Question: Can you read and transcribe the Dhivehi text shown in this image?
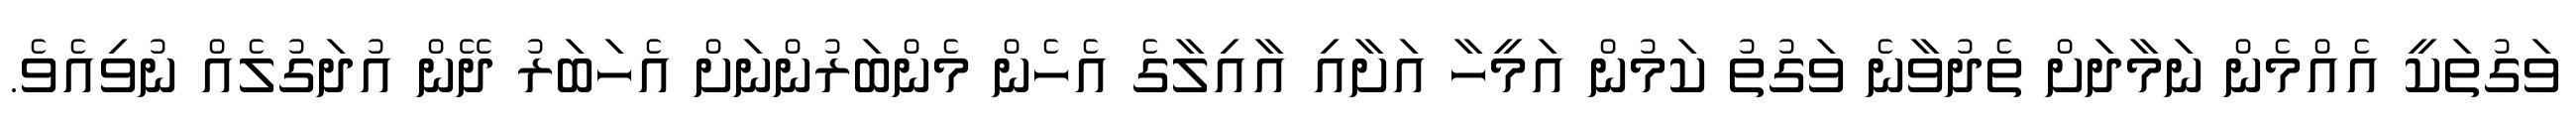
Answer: ވަގުތަކީ އެއްމެން ނަމާދަށް ތެދުވާނެ ވަގުތު ކަމުން އަމީހާ އަށާއި އާއިލާގެ އެހެން މެންބަރުންނަށް އެހަބަރު ދޭން އުދަގުލެއް ނުވިއެވެ.